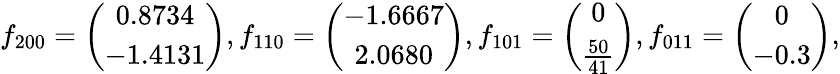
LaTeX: f_{200}=\left(\begin{array}{c}{0.8734}\\ {-1.4131}\end{array}\right),f_{110}=\left(\begin{array}{c}{-1.6667}\\ {2.0680}\end{array}\right),f_{101}=\left(\begin{array}{c}{0}\\ {\frac{50}{41}}\end{array}\right),f_{011}=\left(\begin{array}{c}{0}\\ {-0.3}\end{array}\right),